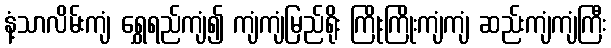
နံ့သာလိမ်းကျံ ရွှေရည်ကျံ၍ ကျံကျံမြည်ရိုး ကြိုးကြိုးကျံကျံ ဆည်းကျံကျံကြီး